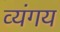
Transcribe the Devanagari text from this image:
व्यंगय